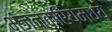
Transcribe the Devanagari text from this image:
भंजनक्रियेमध्ये